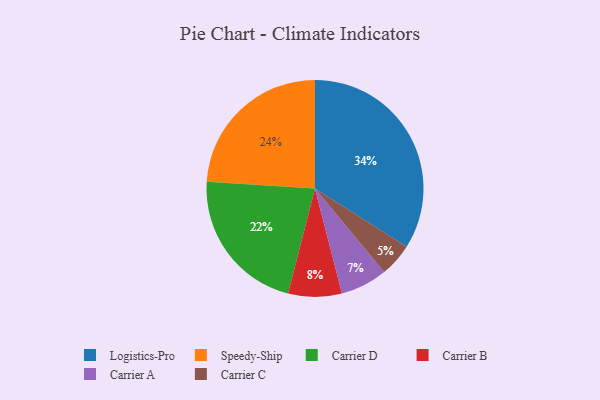
{"axis": {"x": "Category", "y": "Percentage"}, "legend": ["Carrier A", "Carrier B", "Carrier C", "Carrier D", "Logistics-Pro", "Speedy-Ship"], "data": [{"x": "Speedy-Ship", "y": 24, "type": "Speedy-Ship"}, {"x": "Logistics-Pro", "y": 34, "type": "Logistics-Pro"}, {"x": "Carrier B", "y": 8, "type": "Carrier B"}, {"x": "Carrier D", "y": 22, "type": "Carrier D"}, {"x": "Carrier C", "y": 5, "type": "Carrier C"}, {"x": "Carrier A", "y": 7, "type": "Carrier A"}]}